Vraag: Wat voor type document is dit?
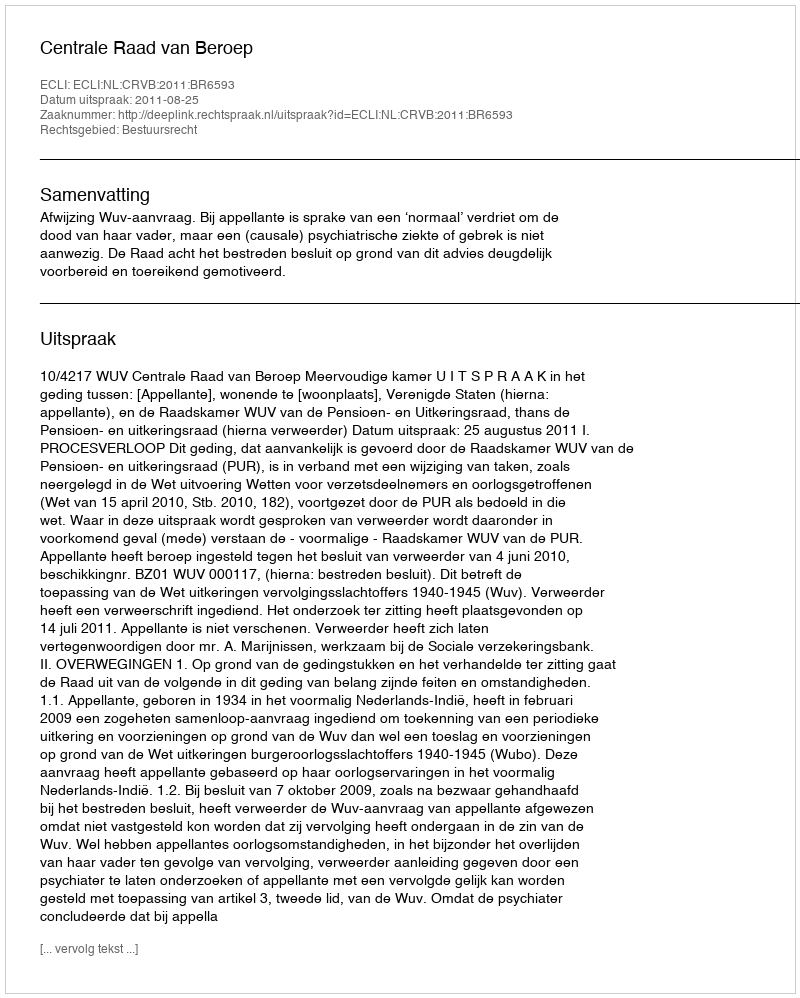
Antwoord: Uitspraak